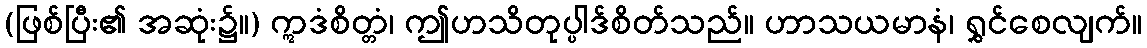
(ဖြစ်ပြီး၏ အဆုံး၌။) ဣဒံစိတ္တံ၊ ဤဟသိတုပ္ပါဒ်စိတ်သည်။ ဟာသယမာနံ၊ ရွှင်စေလျက်။